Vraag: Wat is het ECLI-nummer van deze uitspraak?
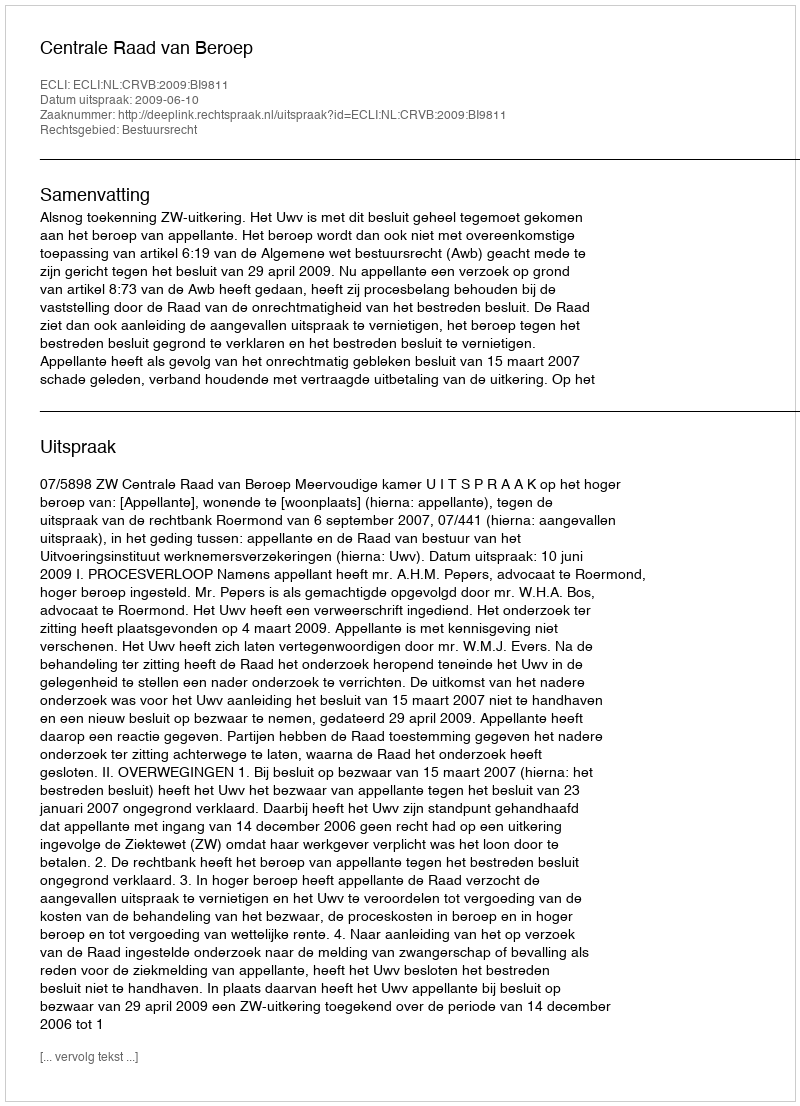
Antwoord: ECLI:NL:CRVB:2009:BI9811